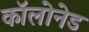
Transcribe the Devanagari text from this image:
कॉलोनेड